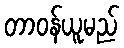
တာဝန်ယူမည်